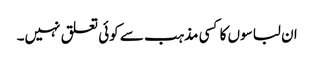
ان لباسوں کا کسی مذہب سے کوئی تعلق نہیں۔